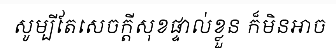
សូម្បីតែសេចក្តីសុខផ្ទាល់ខ្លួន ក៏មិនអាច